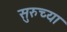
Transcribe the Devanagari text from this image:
सुरुच्या